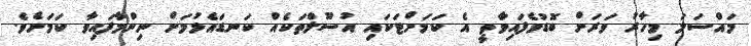
މައްސަލަ މިހާރު ވަރަށް ބޮޑުވެފައިވާތީ އެ ކަމަށްޓަކައި އުސޫލްތަކެއް ކަނޑައެޅުމަށް ނިންމާފައިވާ ކަމަށެވެ.